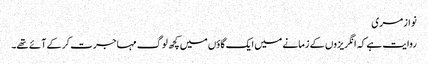
نواز مری
روایت ہے کہ انگریزوں کے زمانے میں ایک گاؤں میں کچھ لوگ مہاجرت کر کے آئے تھے۔